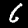
Label: 6